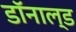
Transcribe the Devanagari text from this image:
डाॅनाल्ड